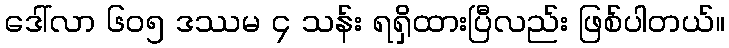
ဒေါ်လာ ၆၀၅ ဒဿမ ၄ သန်း ရရှိထားပြီလည်း ဖြစ်ပါတယ်။